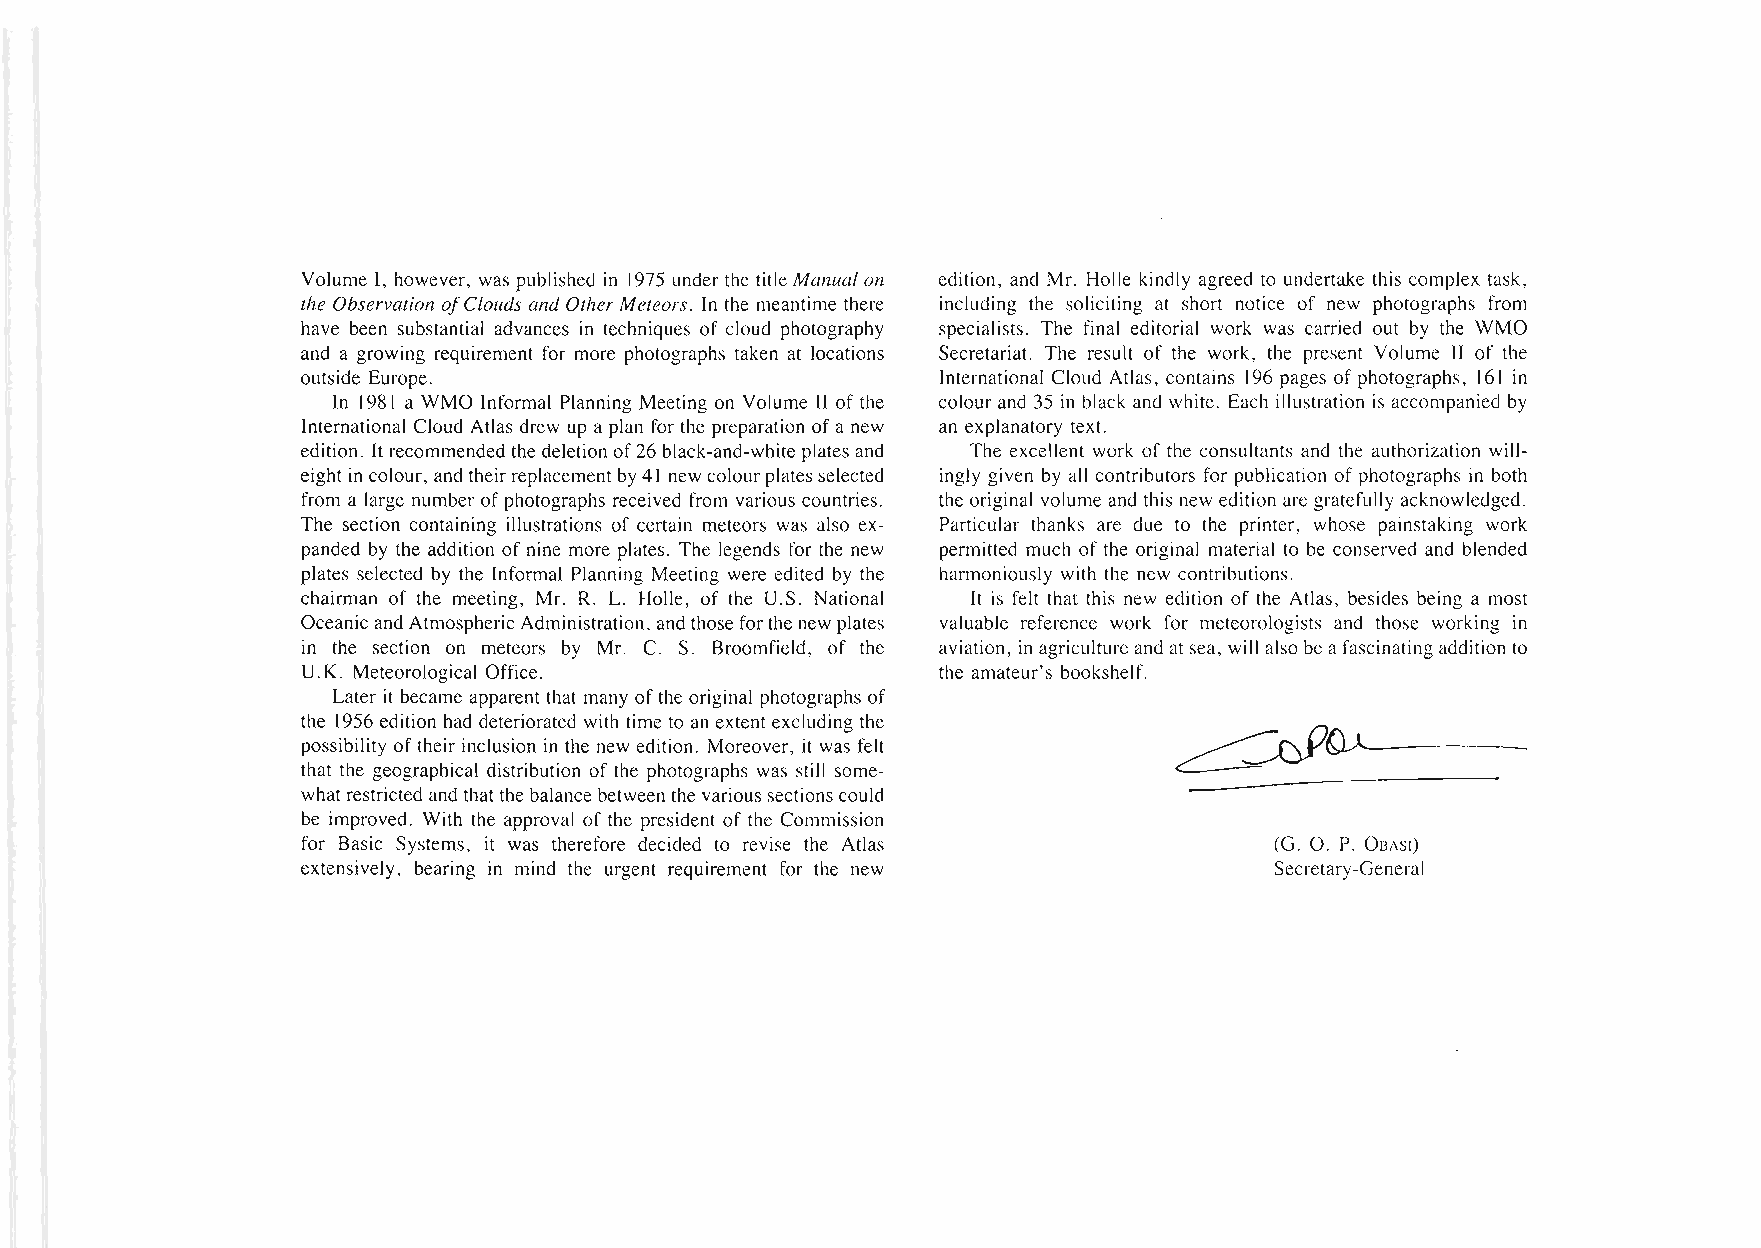
Volume I, however, was published in 1975 under the titleManual on edition, and Mr. Holle kindly agreed to undertake this complex task,
 the Observation o.!,Clouds and OtherMeteors. In the meantime there including the soliciting at short notice of new photographs from
 have been substantial advances in techniques of cloud photography specialists. The final editorial work was carried out by the WMO
 and a growing requirement for more photographs taken at locations Secretariat. The result of the work, the present Volume 11 of the
 outside Europe.                           International Cloud Atlas, contains 196 pages ofphotographs, 161 in
 In 1981 a WMO Informal Planning Meeting on Volume U ofthe colour and 35 in black and white. Each illustration is accompanied by
 International Cloud Atlas drew up a plan for the preparation ofa new an explanatory text.
 edition. Itrecommended thedeletion of26 black-and-white plates and The excellent work of the consultants and the authorization will
 eight in colour, and theirreplacement by41 new colourplatesselected ingly given by all contributors for publication of photographs in both
 from a large numberof photographs received from various countries. the original volume and this new edition are gratefully acknowledged.
 The section containing illustrations of certain meteors was also ex Particular thanks are due to the printer, whose painstaking work
 panded by the addition of nine more plates. The legends for the new permitted much of the original material to be conserved and blended
 plates selected by the Informal Planning Meeting were edited by the harmoniously with the new contributions.
 chairman of the meeting, Mr. R. L. Holle, of the U.S. National It is felt that this new edition of the Atlas, besides being a most
 Oceanicand Atmospheric Administration, and those forthe new plates valuable reference work for meteorologists and those working in
 in the section on meteors by Mr. C. S. Broomfield, of the aviation, in agricultureand atsea, will also beafascinating addition to
 U.K. Meteorological Office.               the amateur's bookshelf.
 Later it became apparent that many ofthe original photographs of
 the 1956 edition had deteriorated with time to an extentexcluding the
 ~Q.A--
 possibility oftheir inclusion in the new edition. Moreover, it was felt
 that the geographical distribution of the photographs was still some
 whatrestricted and thatthe balancebetween the varioussectionscould
 be improved. With the approval of the president of the Commission
 for Basic Systems, it was therefore decided to revise the Atlas (G. O. P. OBASl)
 extensively, bearing in mind the urgent requirement for the new Secretary-General